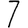
Digit: 7